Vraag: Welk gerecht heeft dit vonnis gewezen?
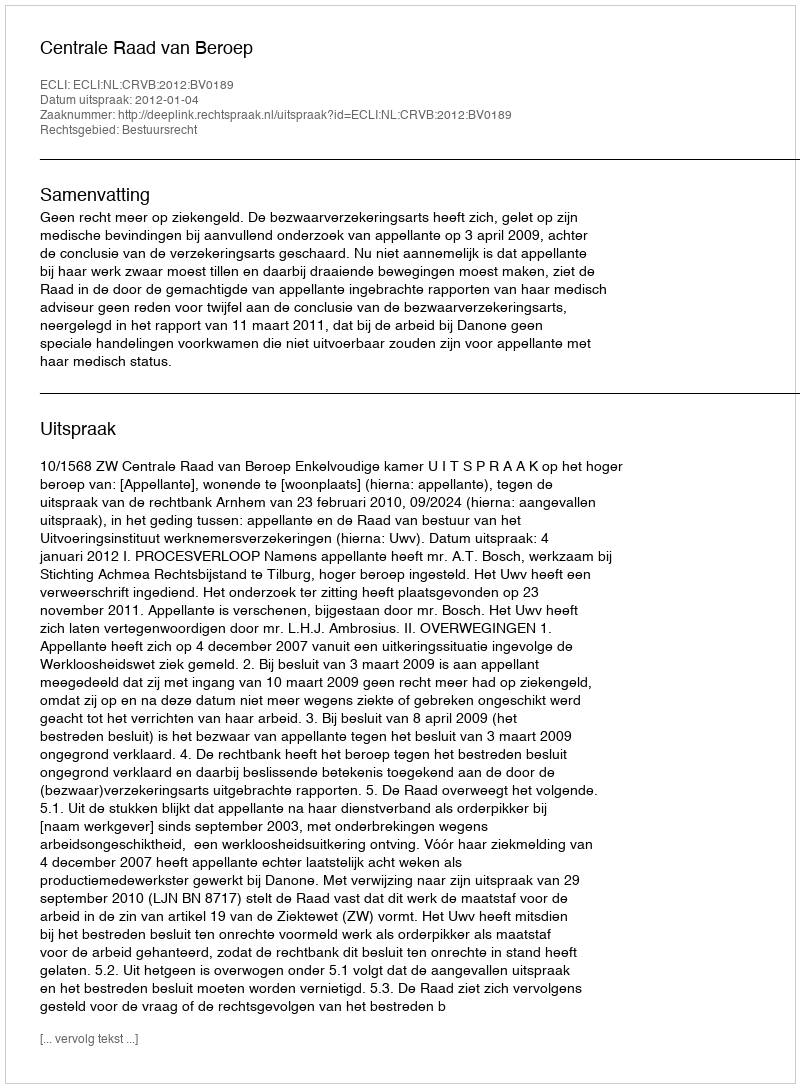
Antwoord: Centrale Raad van Beroep